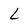
Character: L